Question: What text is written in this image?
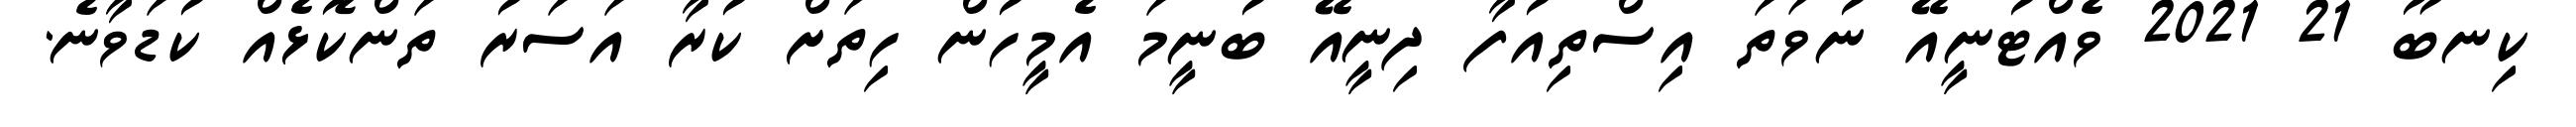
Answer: ކިނބޫ 21 2021 ވެއްޓުނީއޭ ނުވަތަ އިސްތިއުފާ ދިނީއޭ ބުނީމަ އެމީހުން ހިތަށް ކުރާ އަސަރު ތަންކޮޅެއް ކުޑަވާނެ.